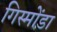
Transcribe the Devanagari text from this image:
गिस्मोंडा